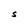
Character: S